Palivere_vallavalitsus, lk 8
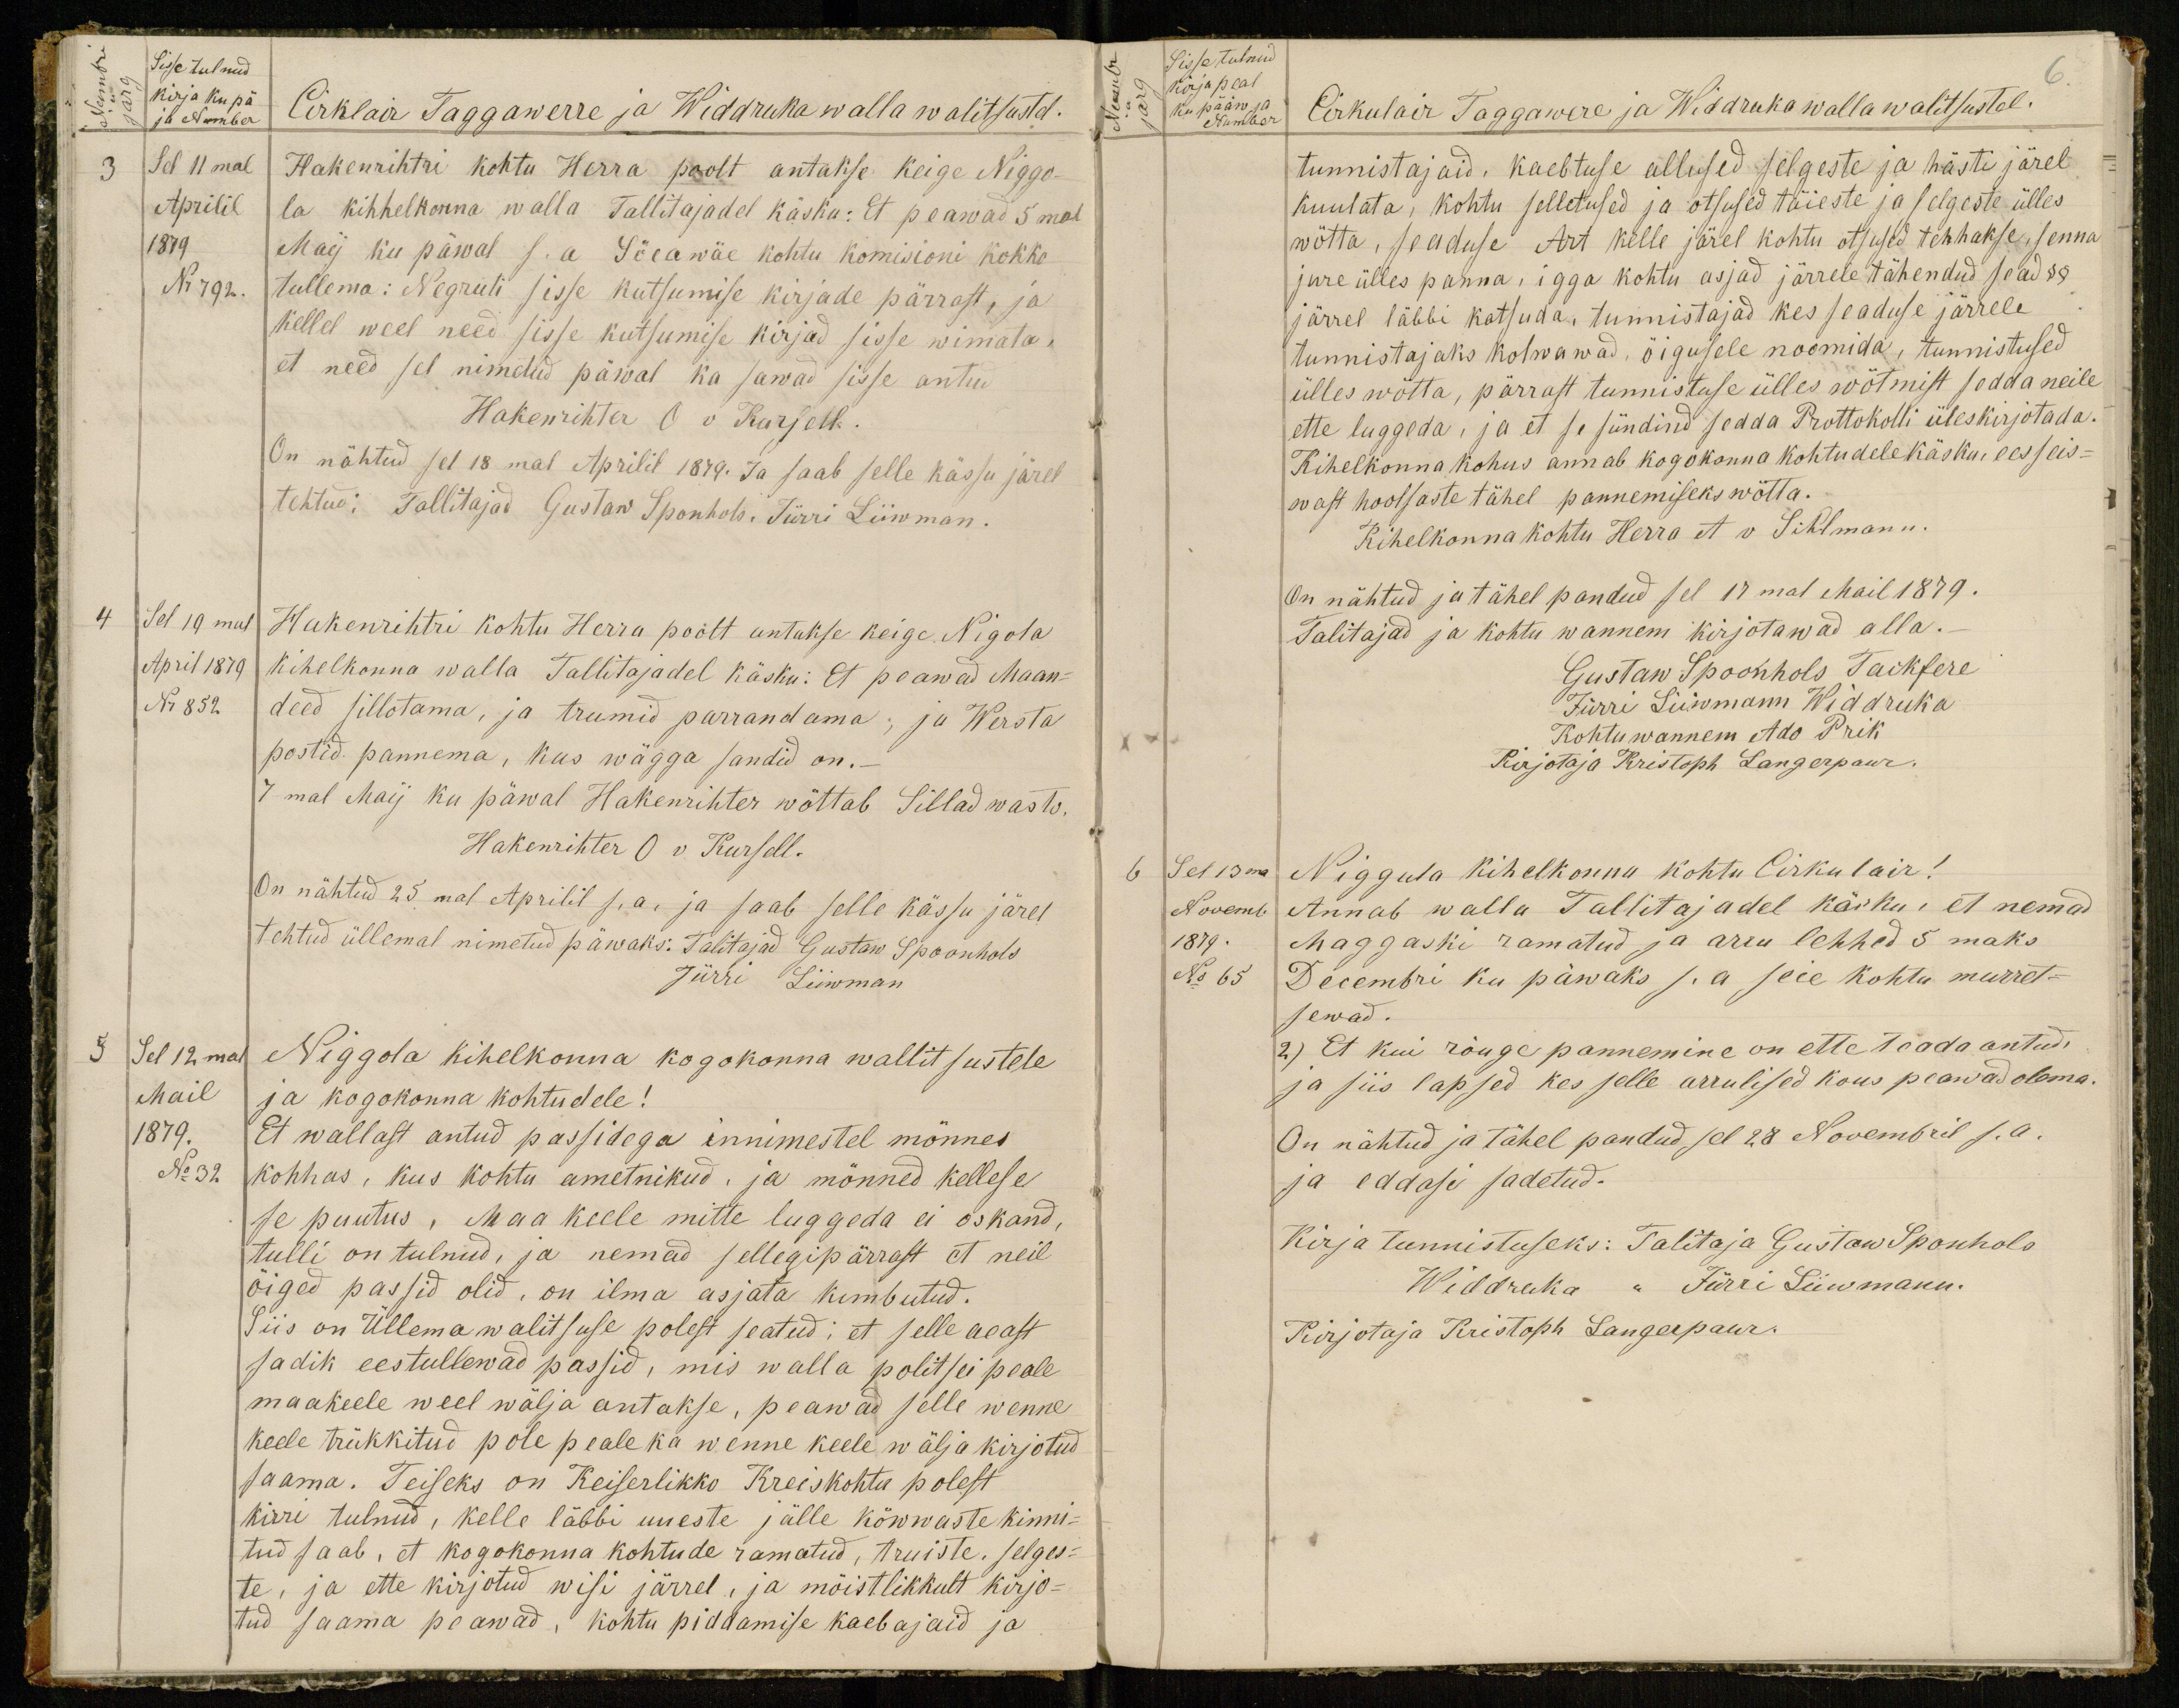
Sisse tulnud
Kirja Ku pä
ja Number
Cirklair Taggawerre ja Widdruka walla walitsustel.
3
Sel 11mal
Aprilil
1879
N 792.
Hakenrihtri kohtu Herra poolt antakse keige Niggo-
la kihhelkonna walla Tallitajadel käsku: Et peawad 5 mal
Maij ku päwal s. a. Söeawäe kohtu komissioni kokko
tullema: Negruti sisse kutsumise kirjade pärrast, ja
kellel weel need sisse kutsumise kirjad sisse wimata,
et need sel nimetud päwal ka sawad sisse antud
Hakenrihter O v Kursell.
On nähtud sel 18mal Aprilil 1879. Ja saab selle kässu järel
tehtud: Tallitajad Gustaw Sponhols, Jürri Liiwman.
4 Sel 19mal
April 1879
Nr 852
Hakenrihtri kohtu Herra poolt antakse keige Nigola
kihelkonna walla Tallitajadel käsku: Et peawad Maan-
deed sillotama, ja trumid parrandama; ja Wersta
postid pannema, kus wägga sandid on.-
7mal Maij ku päwal Hakenihter wöttab Sillad wasto.
Hakenrihter O v Kursell.
On nähtud 25mal Aprilil s. a. ja saab selle kässu järel
tehtud üllemal nimetud päwaks. Talitajad Gustaw Spoonholt
Jürri Liiwman
5 Sel 12mal
Mail
1879.
No 32.
Niggola kihelkonna kogokonna wallitustele
ja kogokonna kohtudele!
Et wallast antud passidega innimestel mönnes
kohhas, kus kohtu ametnikud, ja mõnned kellese
se puutus, Maa keele mitte luggeda ei oskand,
tulli on tulnud, ja nemad sellegipärrast et neil
õiged passid olid, on ilma asjata kimbutud.
Siis on Üllema walitsuse polest seatud: et selle aeast
sadik eestullewad passid, mis walla politsei peale
maakeele weel wälja antakse, peawad selle wenne
keele trükkitud pole peale ka wenne keele wälja kirjotud
saama. Teiseks on Keiserlikko Kreiskohtu polest
kirri tulnud, kelle läbbi uueste jälle kõwwaste kinni-
tud saab, et kogokonna kohtude ramatud, truiste, selges-
te, ja ette kirjotud wisi järrel, ja mõistlikkult kirjo-
tud saama peawad, kohtu piddamise kaebajaid ja

6.
Sisse tulnud
Kirja peal
Ku pääw ja
Number
Cirkulair Taggawere ja Widdruka walla walitsustel.
tunnistajaid. Kaebtuse allused selgeste ja hästi järel
kuulata, kohtu selletused ja otsused täieste ja selgeste ülles
wötta, seaduse Art kelle järel kohtu otsused tehhakse, senna
jure ülles panna, igga kohtu asjad järrele tähendud sead §§
järrel läbbi katsuda, tunnistajad kes seaduse järrele
tunnistajaks kolwawad, õigusele noomida, tunnistused
ülles võtta, pärrast tunnistuse ülles wõtmist sedda neile
ette luggeda, ja et se sündinud sedda Protokolli üles kirjotada.
Kihelkonnakohus annab kogokonna kohtudele käsku, eesseis-
wast hoolsaste tähel pannemiseks wötta.
Kihelkonnakohtu Herra et v Sihlmann.
On nähtud ja tähel pandud sel 17mal Mail 1879.
Talitajad ja kohtu wannem kirjotawad alla.-
Gustaw Spoonhols Taikfere
Jürri Siiwmann Widdruka
Kohtu wannem Ado Prik
Kirjotaja Kristoph Langerpaur.
6
Seli 13ma
Novemb
1879.
No 65
Niggula kihelkonna kohtu Cirkulair!
Annab walla Tallitajadel käsku, et nemad
Maggaski ramatud ja arru lehhed 5 maks
Decembri ku päwaks s. a seie kohtu murret-
sewad.
2) Et kui rõuge pannemine on ette teada antud
ja siis lapsed kes selle arrulised kous peawad olema.
On nähtud ja tähel pandud sel 28 Nowembril s.a.
ja eddasi sadetud.
Kirja tunnistuseks: Talitaja Gustaw Sponhols
Widdruka " Jürri Liiwmann.
Kirjotaja Kristoph Langerpaur.